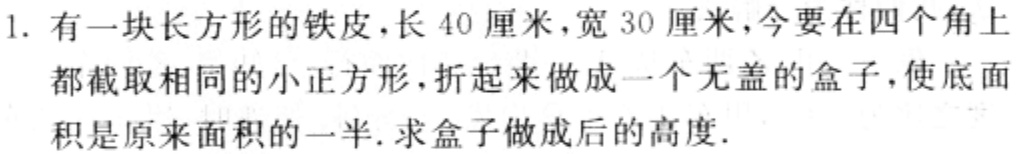
1. 有一块长方形的铁皮，长 40 厘米，宽 30 厘米，今要在四个角上都截取相同的小正方形，折起来做成一个无盖的盒子，使底面积是原来面积的一半.求盒子做成后的高度.